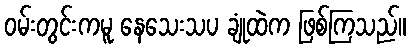
ဝမ်းတွင်းကမူ နေသေးသပ ချုံထဲက ဖြစ်ကြသည်။